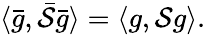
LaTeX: \langle\bar{g},\bar{\mathcal{S}}\bar{g}\rangle=\langle g,\mathcal{S}g\rangle.